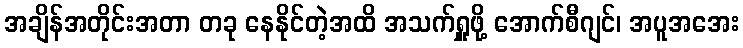
အချိန်အတိုင်းအတာ တခု နေနိုင်တဲ့အထိ အသက်ရှူဖို့ အောက်စီဂျင်၊ အပူအအေး